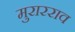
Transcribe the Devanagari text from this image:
मुरारराव